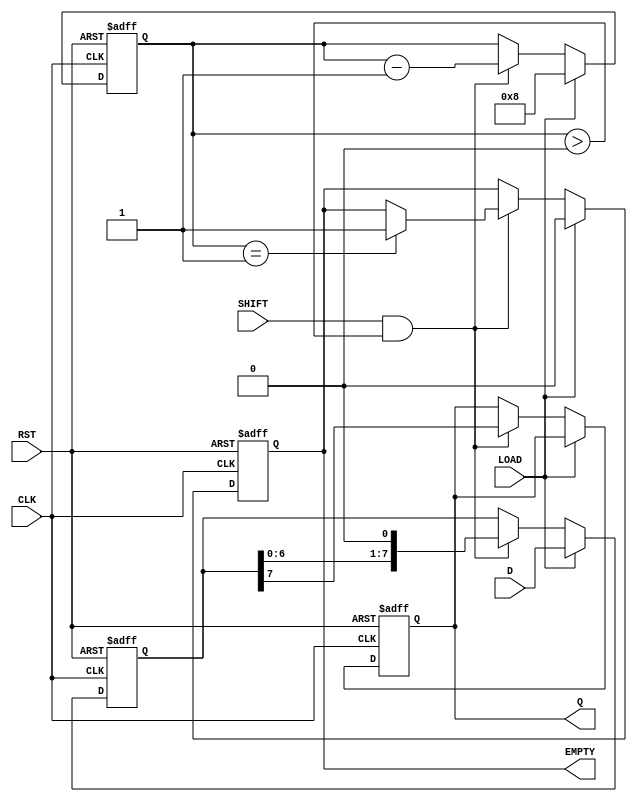
module PISO_Register #(
    parameter WIDTH = 8  // Configurable width of the register
)(
    input wire [WIDTH-1:0] D,    // Parallel data input
    input wire LOAD,              // Load signal
    input wire SHIFT,             // Shift signal
    input wire CLK,               // Clock signal
    input wire RST,               // Reset signal
    output reg Q,                 // Serial output
    output reg EMPTY              // Empty signal
);

    reg [WIDTH-1:0] internal_reg; // Internal register to hold parallel data
    reg [3:0] bit_counter;         // Counter for shifted bits
    
    always @(posedge CLK or posedge RST) begin
        if (RST) begin
            internal_reg <= 0;     // Clear the register on reset
            Q <= 0;
            bit_counter <= 0;
            EMPTY <= 1;            // Register is empty after reset
        end else begin
            if (LOAD) begin
                internal_reg <= D;  // Load parallel data into the register
                bit_counter <= WIDTH; // Reset counter to the width of the register
                EMPTY <= 0;          // Register is not empty after load
            end else if (SHIFT && bit_counter > 0) begin
                Q <= internal_reg[WIDTH-1]; // Output MSB to Q
                internal_reg <= internal_reg << 1; // Shift left
                bit_counter <= bit_counter - 1; // Decrement the counter
                
                // Check if the register is empty after shifting
                if (bit_counter == 1) begin
                    EMPTY <= 1; // All bits have been shifted out
                end
            end
        end
    end

endmodule